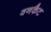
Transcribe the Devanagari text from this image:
वनकैट